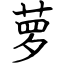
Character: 萝